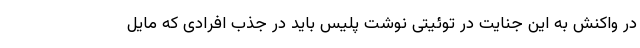
در واکنش به این جنایت در توئیتی نوشت پلیس باید در جذب افرادی که مایل